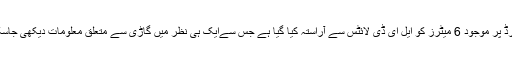
ڈیش بورڈ پر موجود 6 میٹرز کو ایل ای ڈی لائٹس سے آراستہ کیا گیا ہے جس سےایک ہی نظر میں گاڑی سے متعلق معلومات دیکھی جاسکتی ہیں۔